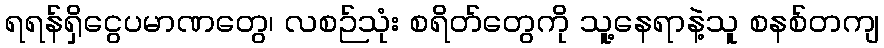
ရရန်ရှိငွေပမာဏတွေ၊ လစဉ်သုံး စရိတ်တွေကို သူ့နေရာနဲ့သူ စနစ်တကျ